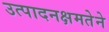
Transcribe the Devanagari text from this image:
उत्पादनक्षमतेने